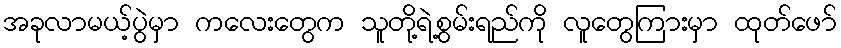
အခုလာမယ့်ပွဲမှာ ကလေးတွေက သူတို့ရဲ့စွမ်းရည်ကို လူတွေကြားမှာ ထုတ်ဖော်